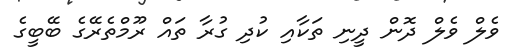
ވެލް ވެލް ދޮން ދީނި ތަކާއި ކުދި ގުރާ ތައް ރޫމްތެރޭގެ ބޭބީގެ